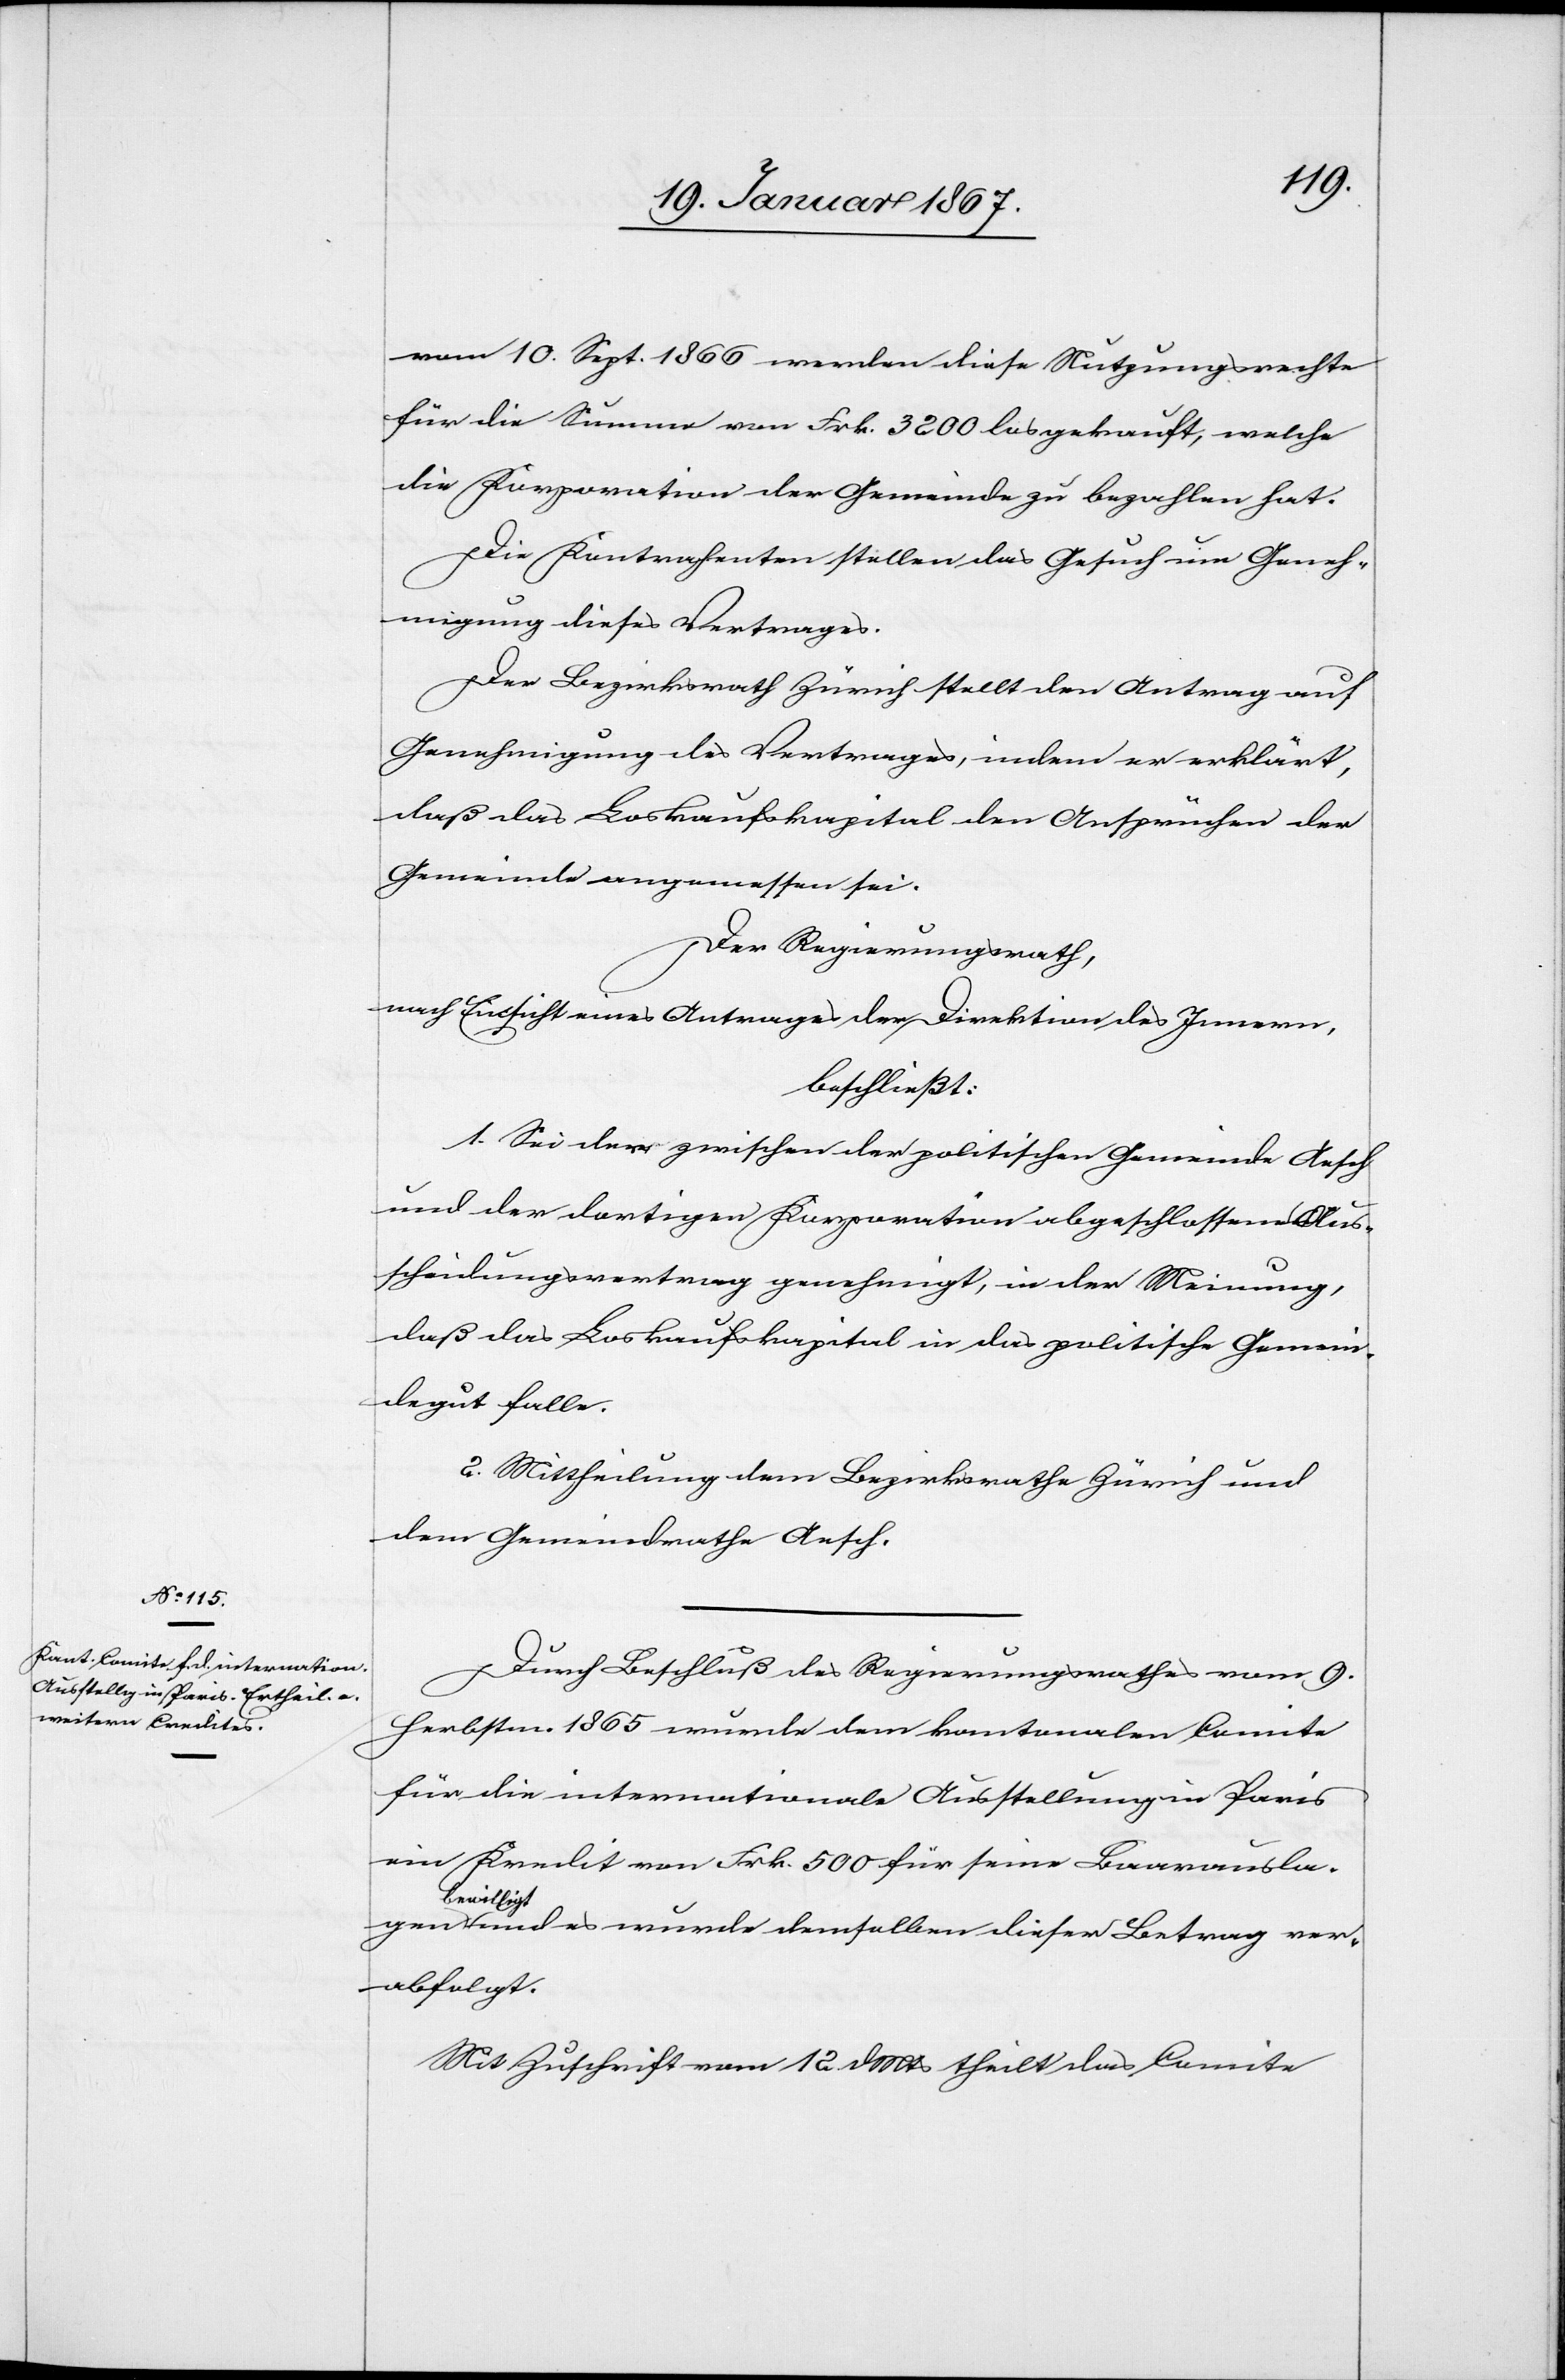
vom 10 Sept. 1866 werden diese Nutzungsrechte
für die Summe von Frk. 3200 losgekauft, welche
die Korporation der Gemeinde zu bezahlen hat.
Die Kontrahenten stellen das Gesuch um Geneh¬
migung dieses Vertrages.
Der Bezirksrath Zürich stellt den Antrag auf
Genehmigung des Vertrages, indem er erklärt,
daß das Loskaufskapital den Ansprüchen der
Gemeinde angemessen sei.
Der Regierungsrath,
nach Einsicht eines Antrages der Direktion des Innern,
beschließt:
1. Sei der zwischen der politischen Gemeinde Aesch
und er dortigen Korporation abgeschlossene Aus¬
scheidungsvertrag genehmigt, in der Meinung,
daß das Loskaufskapital in das politische Gemein¬
degut falle.
2. Mittheilung dem Bezirksrathe Zürich und
dem Gemeindrathe Aesch.
Durch Beschluß des Regierungsrathes vom 9.
Herbstm. 1865 wurde dem kantonalen Comite
für die internationale Ausstellung in Paris
ein Kredit von Frk. 500 für seine Baarauslagen
bewilligt
und es wurde demselben dieser Betrag ver¬
abfolgt.
Mit Zuschrift vom 12. d. Mts theilt das Comite